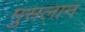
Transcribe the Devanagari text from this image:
मुसलान